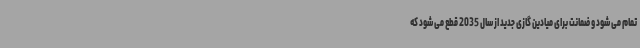
تمام می شود و ضمانت برای میادین گازی جدید از سال 2035 قطع می شود که